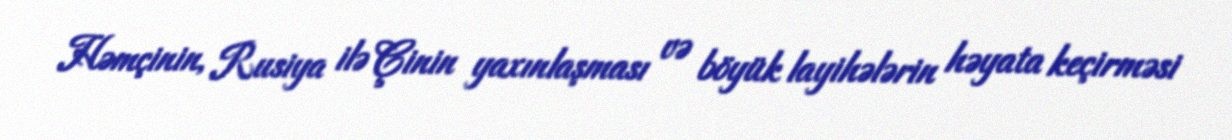
Həmçinin, Rusiya ilə Çinin yaxınlaşması və böyük layihələrin həyata keçirməsi